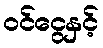
ဝင်ငွေနှင့်